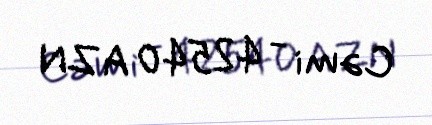
Cəmi - 42540 AZN